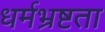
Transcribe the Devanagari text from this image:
धर्मभ्रष्टता